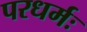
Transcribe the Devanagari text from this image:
परधर्मः